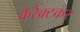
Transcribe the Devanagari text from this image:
केरेक्टकर